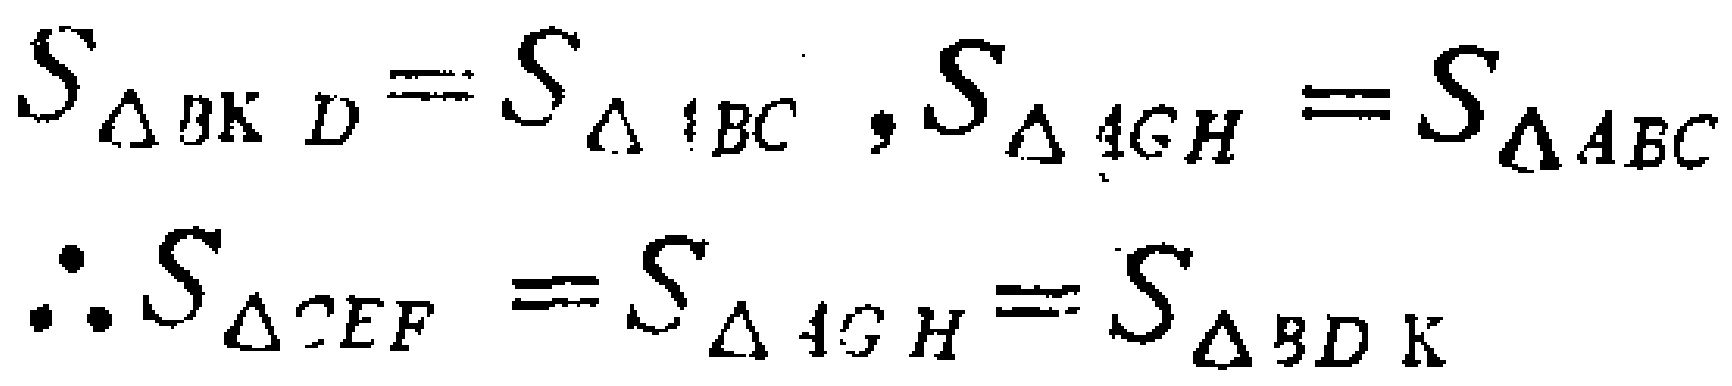
\[

S_{\triangle BKD}=S_{\triangle ABC}, S_{\triangle AGH}=S_{\triangle ABC} \\

\therefore S_{\triangle CEF}=S_{\triangle AGH}=S_{\triangle BDK}

\]